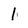
Character: 1